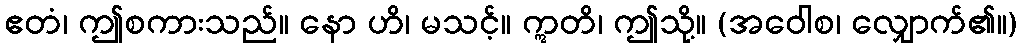
ဧတံ၊ ဤစကားသည်။ နော ဟိ၊ မသင့်။ ဣတိ၊ ဤသို့။ (အဝေါစ၊ လျှောက်၏။)